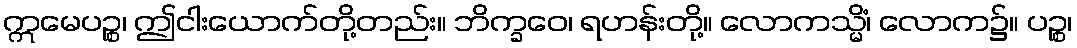
ဣမေပဉ္စ၊ ဤငါးယောက်တို့တည်း။ ဘိက္ခဝေ၊ ရဟန်းတို့။ လောကသ္မိံ၊ လောက၌။ ပဉ္စ၊